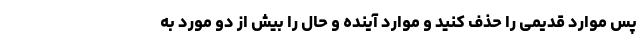
پس موارد قدیمی را حذف کنید و موارد آینده و حال را بیش از دو مورد به